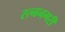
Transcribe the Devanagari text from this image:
रत्ननगरी